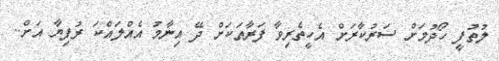
ލުތުފީ ހޯދުމަށް ސަރުކާރަށް އެހީތެރިވާ ފަރާތަކަށް ދޭ އިނާމު އެއްލައްކަ ރުފިޔާ އަށް..